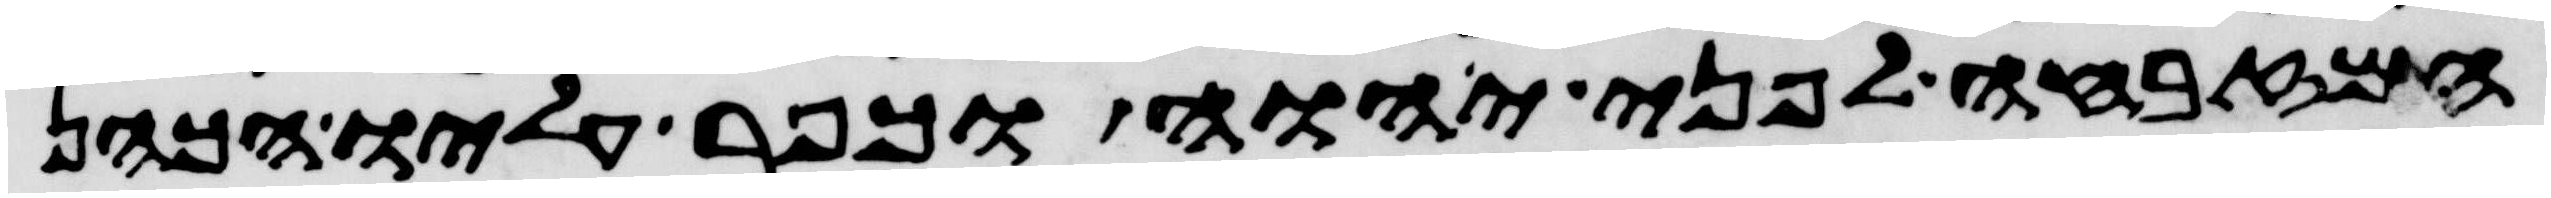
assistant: המזבחה לפני יהוה וכפר עליו הכהן